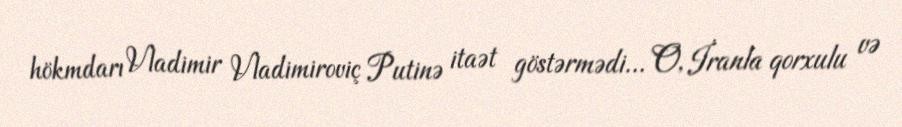
hökmdarı Vladimir Vladimiroviç Putinə itaət göstərmədi... O, İranla qorxulu və